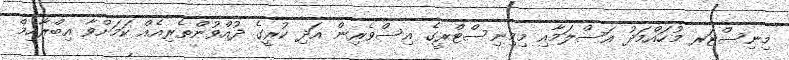
މިނިސްޓަރ މުހައްމަދު އަސްލަމާއި މިމިނިސްޓްރީގެ އިސްވެރިން އަދި ކުރީގެ ދުއްވުންތެރިއެއް ކަމަށްވާ އިބްރާހިމް